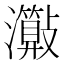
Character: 𤄑